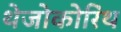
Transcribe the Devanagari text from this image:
थेजोकोरिंथ